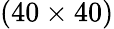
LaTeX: (40\times 40)